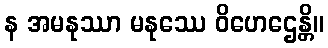
န အမနုဿာ မနုဿေ ဝိဟေဌေန္တိ။